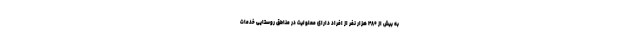
به بیش از ۴۸۰ هزار نفر از افراد دارای معلولیت در مناطق روستایی خدمات